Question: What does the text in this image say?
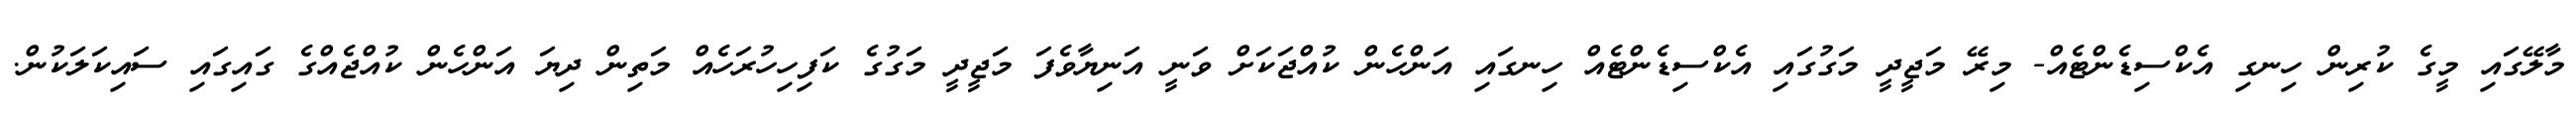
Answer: މާލޭގައި މީގެ ކުރިން ހިނގި އެކްސިޑެންޓެއް- މިރޭ މަޖީދީ މަގުގައި އެކްސިޑެންޓެއް ހިނގައި އަންހެން ކުއްޖަކަށް ވަނީ އަނިޔާވެފަ މަޖީދީ މަގުގެ ކަފިހިހުރަހެއް މަތިން ދިޔަ އަންހެން ކުއްޖެއްގެ ގައިގައި ސައިކަލަކުން.